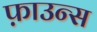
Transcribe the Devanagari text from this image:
फ़ाउन्स